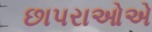
છાપરાઓએ